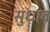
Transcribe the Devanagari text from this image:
सुधाव